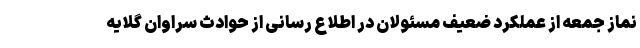
نماز جمعه از عملکرد ضعیف مسئولان در اطلاع رسانی از حوادث سراوان گلایه